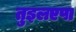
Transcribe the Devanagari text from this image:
तुइलएपा